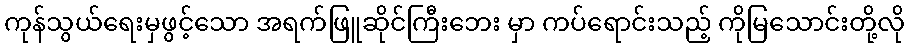
ကုန်သွယ်ရေးမှဖွင့်သော အရက်ဖြူဆိုင်ကြီးဘေး မှာ ကပ်ရောင်းသည့် ကိုမြသောင်းတို့လို